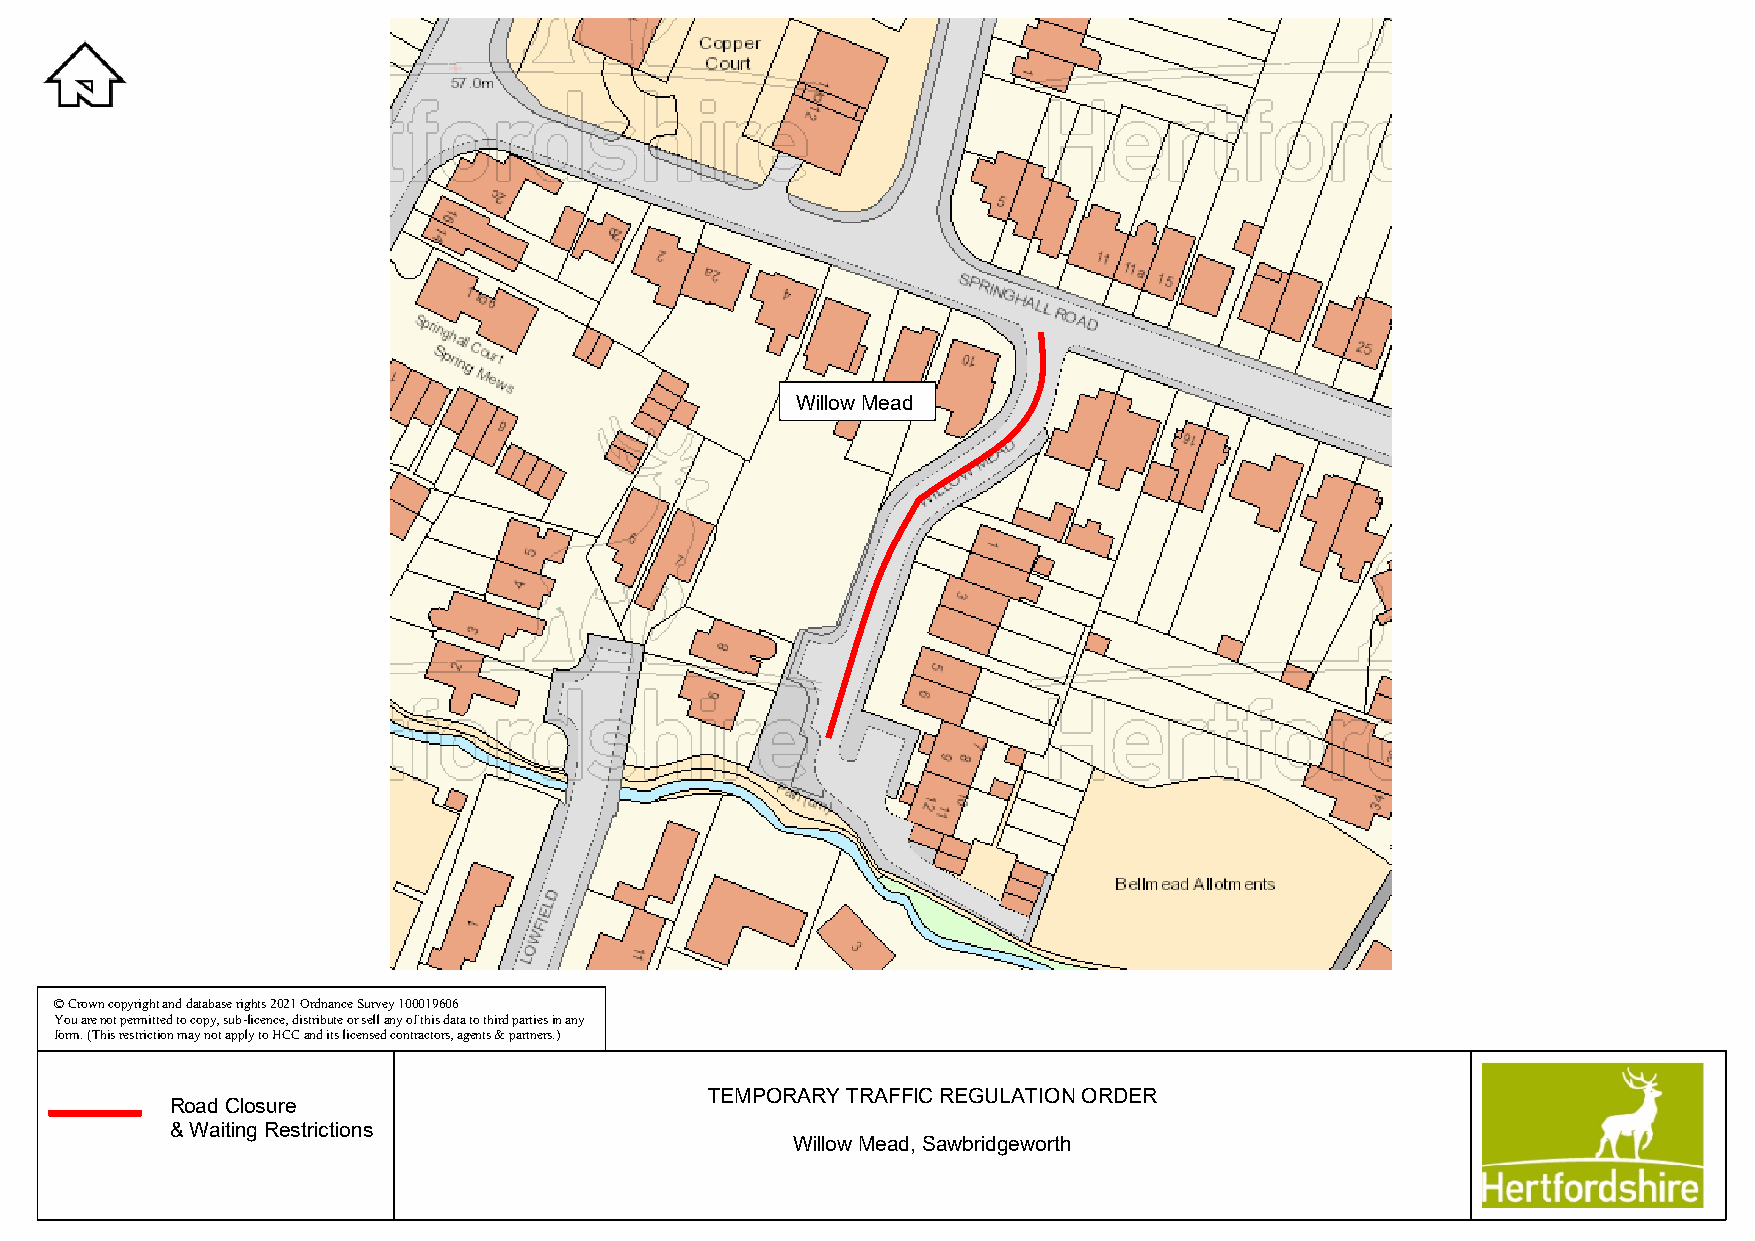
Willow Mead
 © Crown copyright and database rights 2021 Ordnance Survey 100019606
 You are not permitted to copy, sub-licence, distribute or sell any of this data to third parties in any
 form. (This restriction may not apply to HCC and its licensed contractors, agents & partners.)
 TEMPORARY TRAFFIC REGULATION ORDER
 Road Closure
 & Waiting Restrictions
 Willow Mead, Sawbridgeworth